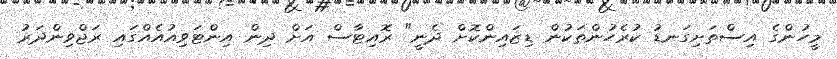
މީހުންގެ އިސްތަށިގަނޑު ކުރެހުންތަކުން ޑިޒައިންކޮށް ދެނީ" ރޮއިޓާސް އަށް ދިން އިންޓަވިއުއެއްގައި ރަޖްވިންދަރު